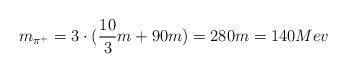
LaTeX: \begin{align*}m_{\pi^+}=3\cdot(\frac{10}{3} m + 90 m) =280 m = 140 Mev\end{align*}